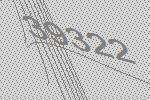
39322